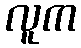
လူက